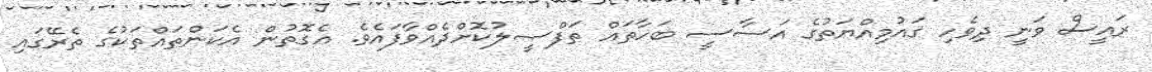
ރައީސް ވަނީ ދިވެހި ޤައުމިއްޔަތުގެ އަސާސީ ބަހާތައް ތަފްޞީލުކޮށްދެއްވާފައެވެ. އެގޮތުން އެކަންތައްތަކުގެ ތެރޭގައި